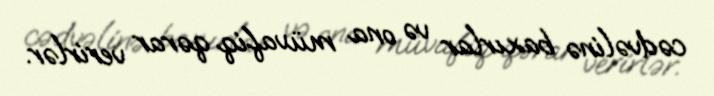
cədvəlinə baxırlar və ona müvafiq qərar verirlər.